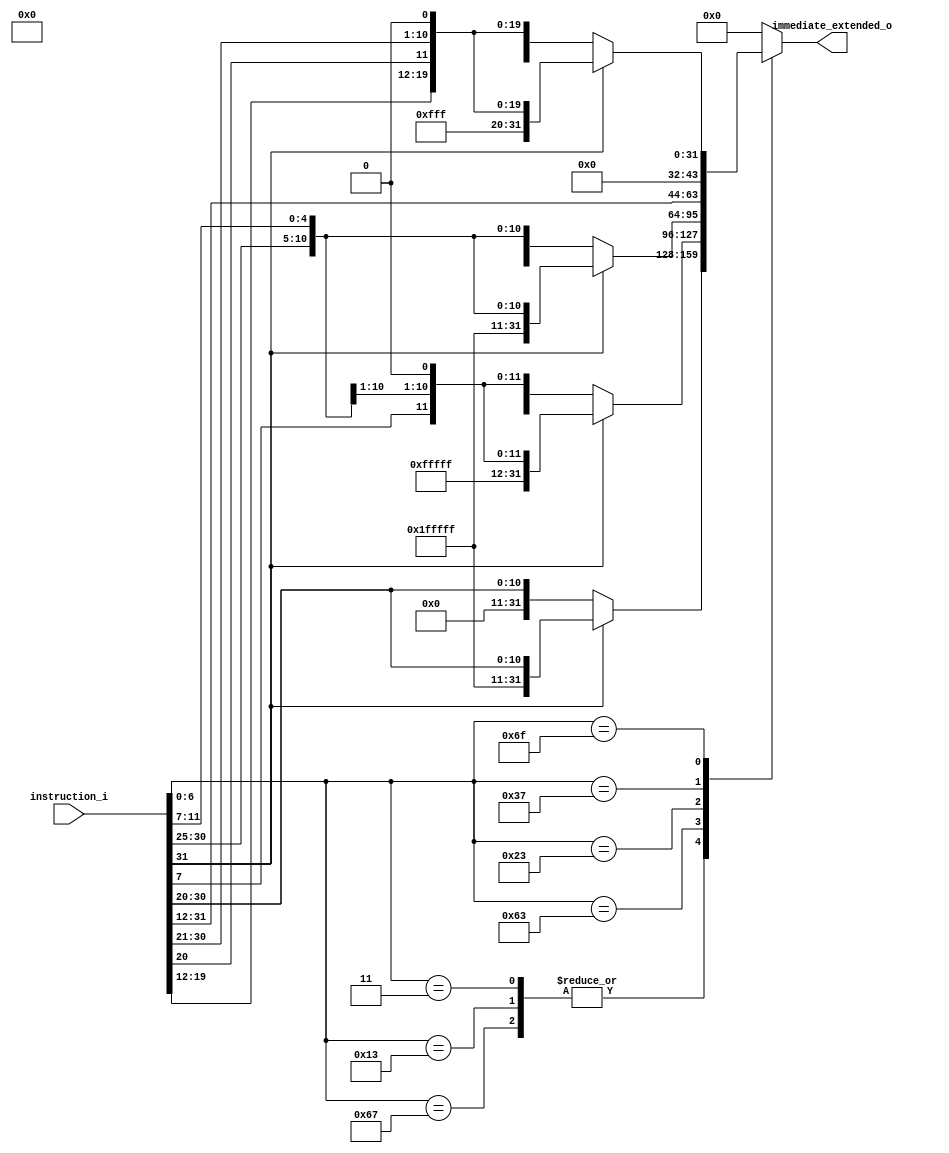
module immediate (
    input [31:0] instruction_i,
    output reg[31:0] immediate_extended_o
);

    always @(*)
    begin
        case (instruction_i[6:0])   // Checking the opcode
            7'b0000011, 7'b0010011, 7'b1100111: // JALR, loads, immediate instructions
                begin
                    if(instruction_i[31] == 1'b0) begin
                        immediate_extended_o = {20'b00000000000000000000, instruction_i[31:20]};
                    end 
                    else begin
                        immediate_extended_o = {20'b11111111111111111111, instruction_i[31:20]};
                    end
                end
            7'b1100011: // Branches
                begin
                    if(instruction_i[31] == 1'b0) begin
                        immediate_extended_o = {19'b0000000000000000000, instruction_i[31], instruction_i[7], instruction_i[30:25], instruction_i[11:8], 1'b0};
                    end 
                    else begin
                        immediate_extended_o = {19'b1111111111111111111, instruction_i[31], instruction_i[7], instruction_i[30:25], instruction_i[11:8], 1'b0};
                    end
                end
            7'b0100011: // Store
                begin
                    if(instruction_i[31] == 1'b0) begin
                        immediate_extended_o = {20'b00000000000000000000, instruction_i[31:25], instruction_i[11:7]};
                    end 
                    else begin
                        immediate_extended_o = {20'b11111111111111111111, instruction_i[31:25], instruction_i[11:7]};
                    end
                end
            7'b0110111: // LUI, AUIPC
                /*
                begin
                    if(instruction_i[31] == 1'b0) begin
                        immediate_extended_o = {12'b000000000000, instruction_i[31:12]};
                    end 
                    else begin
                        immediate_extended_o = {12'b111111111111, instruction_i[31:12]};
                    end
                end
                */
                immediate_extended_o = {instruction_i[31:12],12'b000000000000};
                
            7'b1101111: // JAL
                begin
                    if(instruction_i[31] == 1'b0) begin
                        immediate_extended_o = {11'b00000000000, instruction_i[31], instruction_i[19:12], instruction_i[20], instruction_i[30:21], 1'b0};
                    end 
                    else begin
                        immediate_extended_o = {11'b11111111111, instruction_i[31], instruction_i[19:12], instruction_i[20], instruction_i[30:21], 1'b0};
                    end
                end
            default:
                immediate_extended_o = 32'b00000000000000000000000000000000;
        endcase
    end
endmodule